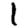
Digit: 1